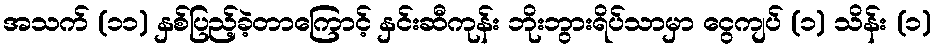
အသက် (၁၁) နှစ်ပြည့်ခဲ့တာကြောင့် နှင်းဆီကုန်း ဘိုးဘွားရိပ်သာမှာ ငွေကျပ် (၁) သိန်း (၁)